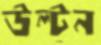
উল্‌টন